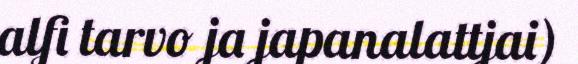
alfi tarvo ja japanalattjai)